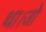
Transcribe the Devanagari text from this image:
था।जो